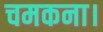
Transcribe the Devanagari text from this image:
चमकना।